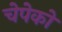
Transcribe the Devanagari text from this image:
चेपेको